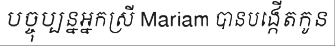
បច្ចុប្បន្នអ្នកស្រី Mariam បានបង្កើតកូន